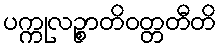
ပက္ကုလဉ္စာတိဝတ္တတီတိ